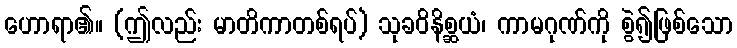
ဟောရာ၏။ (ဤလည်း မာတိကာတစ်ရပ်) သုခဝိနိစ္ဆယံ၊ ကာမဂုဏ်ကို စွဲ၍ဖြစ်သော